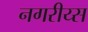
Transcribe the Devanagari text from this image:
नगरीय्स